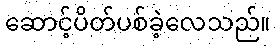
ဆောင့်ပိတ်ပစ်ခဲ့လေသည်။